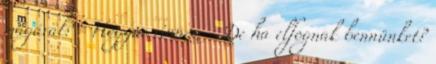
magával? - Hogyne vinném - De ha elfognak bennünket?